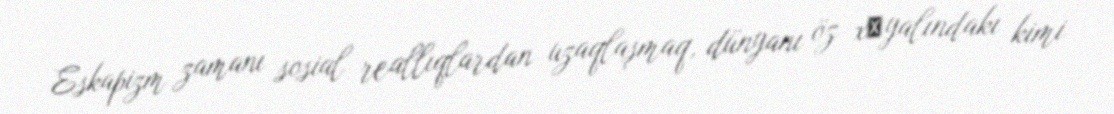
Eskapizm zamanı sosial reallıqlardan uzaqlaşmaq, dünyanı öz xәyalındakı kimi